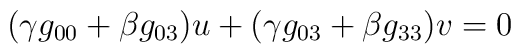
(\gamma g_{00}+\beta g_{03})u+(\gamma g_{03}+\beta g_{33})v= 0